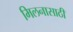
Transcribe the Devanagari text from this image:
मिलनासाठी